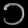
Digit: ၁